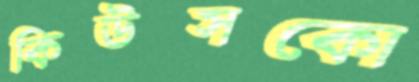
কিউসকো